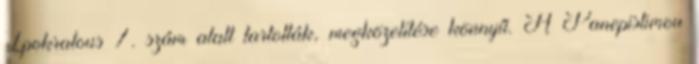
Ipokratous 7. szám alatt tartották, megközelítése könnyű. A Panepistimou